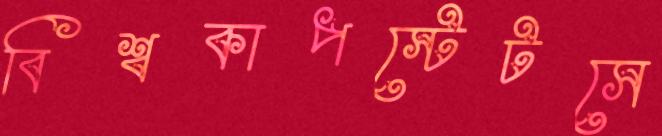
বিশ্বকাপস্টেটসে